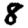
Digit: 8